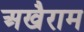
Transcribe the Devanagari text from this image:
अखैराम